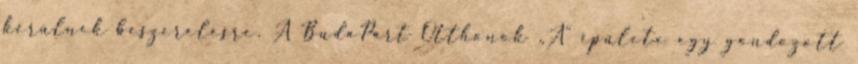
kerülnek beszerelésre. A BudaPart Otthonok „A” épülete egy gondozott